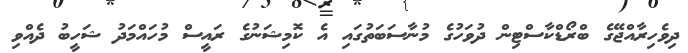
ދިވެހިރާއްޖޭގެ ބްރޯޑްކާސްޓިން ދުވަހުގެ މުނާސަބަތުގައި އެ ކޮމިޝަނުގެ ރައީސް މުހައްމަދު ޝަހީބު ދެއްވި